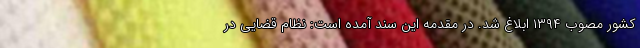
کشور مصوب ۱۳۹۴ ابلاغ شد. در مقدمه این سند آمده است: نظام قضایی در